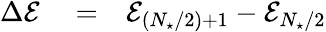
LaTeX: \begin{array}{rlr}{\Delta\mathcal{E}}&{{}=}&{\mathcal{E}_{(N_{\star}/2)+1}-\mathcal{E}_{N_{\star}/2}}\end{array}